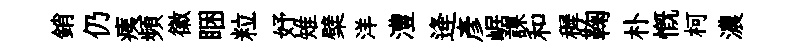
銷仍痍頻徽睏粒妤雉檗洋澧逄彥崌課和穉鞠朴慨柯濃